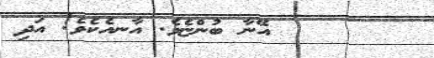
١١٤      އޭނާ ބުންޏެވެ. އާނއެކެވެ! އަދި